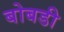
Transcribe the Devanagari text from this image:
बोबडी